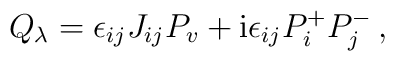
Q_\lambda=\epsilon_{ij}J_{ij}P_v+{\rm i}\epsilon_{ij}P_i^+P_j^-\,,